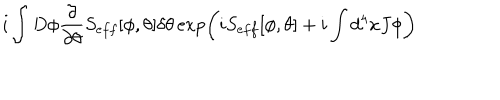
i \int D \phi \frac { \partial } { \partial \theta } S _ { e f f } [ \phi , \theta ] \delta \theta \exp \left( i S _ { e f f } [ \phi , \theta ] + i \int d ^ { 4 } x J \phi \right)